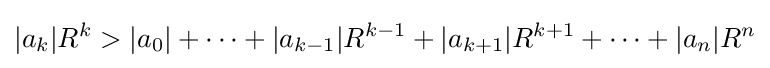
|a_{k}|R^{k}>|a_{0}|+\cdots +|a_{k-1}|R^{k-1}+|a_{k+1}|R^{k+1}+\cdots +|a_{n}|R^{n}